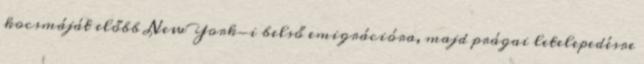
kocsmáját előbb New York-i belső emigrációra, majd prágai letelepedésre